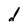
Character: d